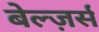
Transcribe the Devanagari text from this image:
बेल्ज़र्स